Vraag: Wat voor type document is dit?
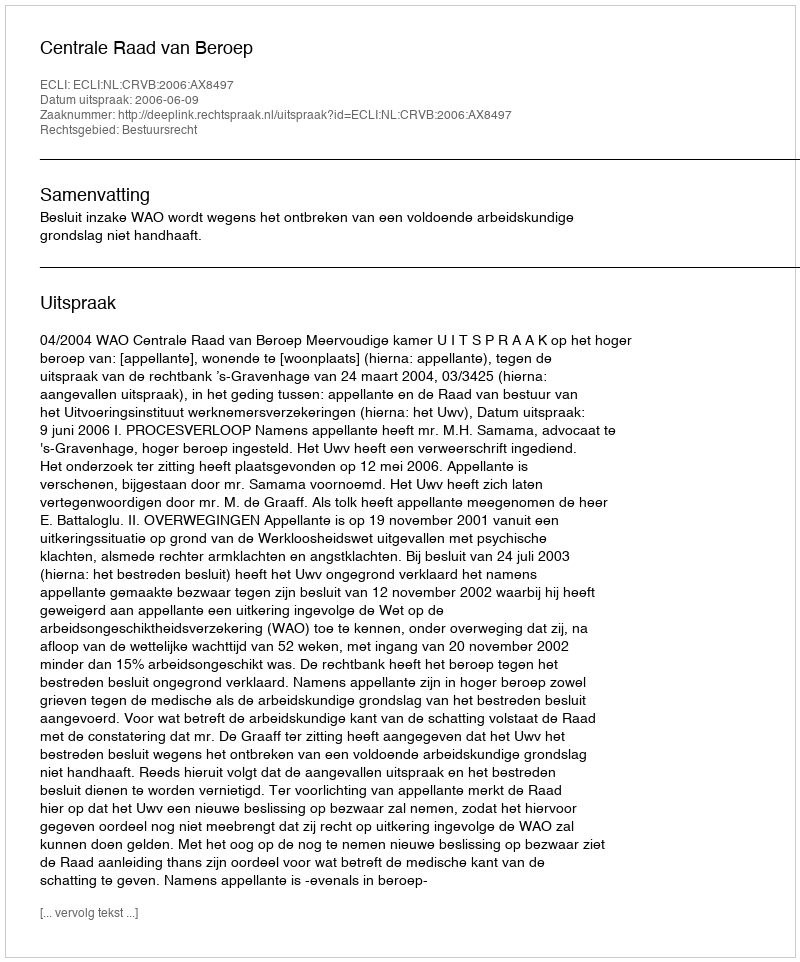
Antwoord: Uitspraak